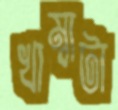
খাম্বাটা